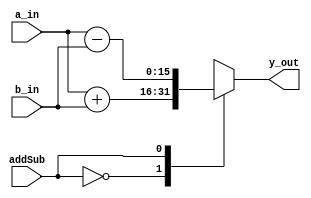
`timescale 1ns / 1ps
//////////////////////////////////////////////////////////////////////////////////
// Company: 
// Engineer: 
// 
// Design Name: 
// Module Name: alu_addSub
// Project Name: 
// Target Devices: 
// Tool Versions: 
// Description: 
// 
// Dependencies: 
// 
// Revision:
// Revision 0.01 - File Created
// Additional Comments:
// 
//////////////////////////////////////////////////////////////////////////////////


module alu_addSub #(parameter DATA_WIDTH = 16)
(
	output 	reg 	[DATA_WIDTH -1:0] y_out, // have to check if we want to increase the width of the outptut
	input 		   [DATA_WIDTH -1:0] a_in,
	input 		   [DATA_WIDTH -1:0] b_in,
	input 			                  addSub
);
    
always @*
begin
   case(addSub)
      1'b0: y_out = a_in + b_in;
      1'b1: y_out = a_in - b_in;
   endcase
end    
endmodule